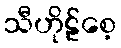
သီဟိုဠ်စေ့